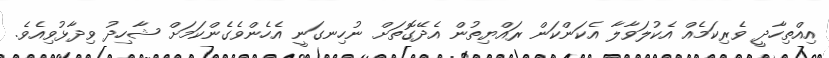
އިއްތިހާދީ ވެރިކަމެއް އެކުލަވާލާ އެކަންކަން ރައްޔިތުން އެދޭގޮތަށް ނުހިނގަނީ އެހެންވެގެންކަމަށް ޝާހިދު ވިދާޅުވިއެވެ.